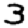
Digit: 3